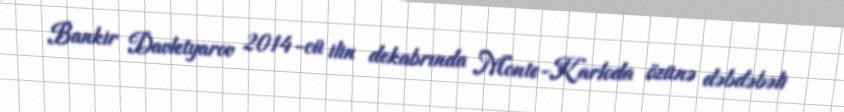
Bankir Davletyarov 2014-cü ilin dekabrında Monte-Karloda özünə dəbdəbəli